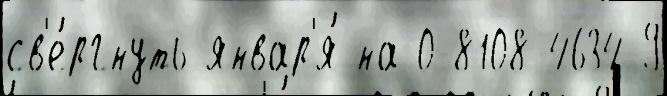
св'е́ргнуть январ'я́ на 0-8108-4634-9